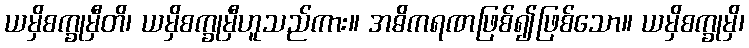
ယမှိစက္ခုမှီတိ၊ ယမှိစက္ခုမှီဟူသည်ကား။ အဓိကရဏဖြစ်၍ဖြစ်သော။ ယမှိစက္ခုမှိ၊